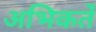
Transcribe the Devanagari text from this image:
अभिकर्ते